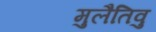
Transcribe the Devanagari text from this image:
मुलैतिवु